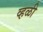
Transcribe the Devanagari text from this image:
व्हळी